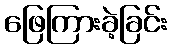
ဖြေကြားခဲ့ခြင်း